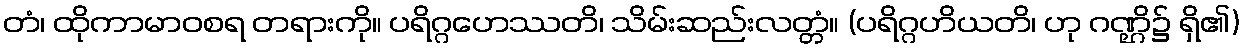
တံ၊ ထိုကာမာဝစရ တရားကို။ ပရိဂ္ဂဟေဿတိ၊ သိမ်းဆည်းလတ္တံ။ (ပရိဂ္ဂဟိယတိ၊ ဟု ဂဏ္ဌိ၌ ရှိ၏)